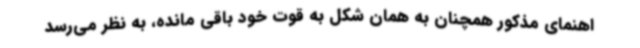
اهنمای مذکور همچنان به همان شکل به قوت خود باقی مانده، به نظر می‌رسد